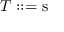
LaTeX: T : : = { \mathrm { s } } \,